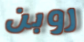
روبن